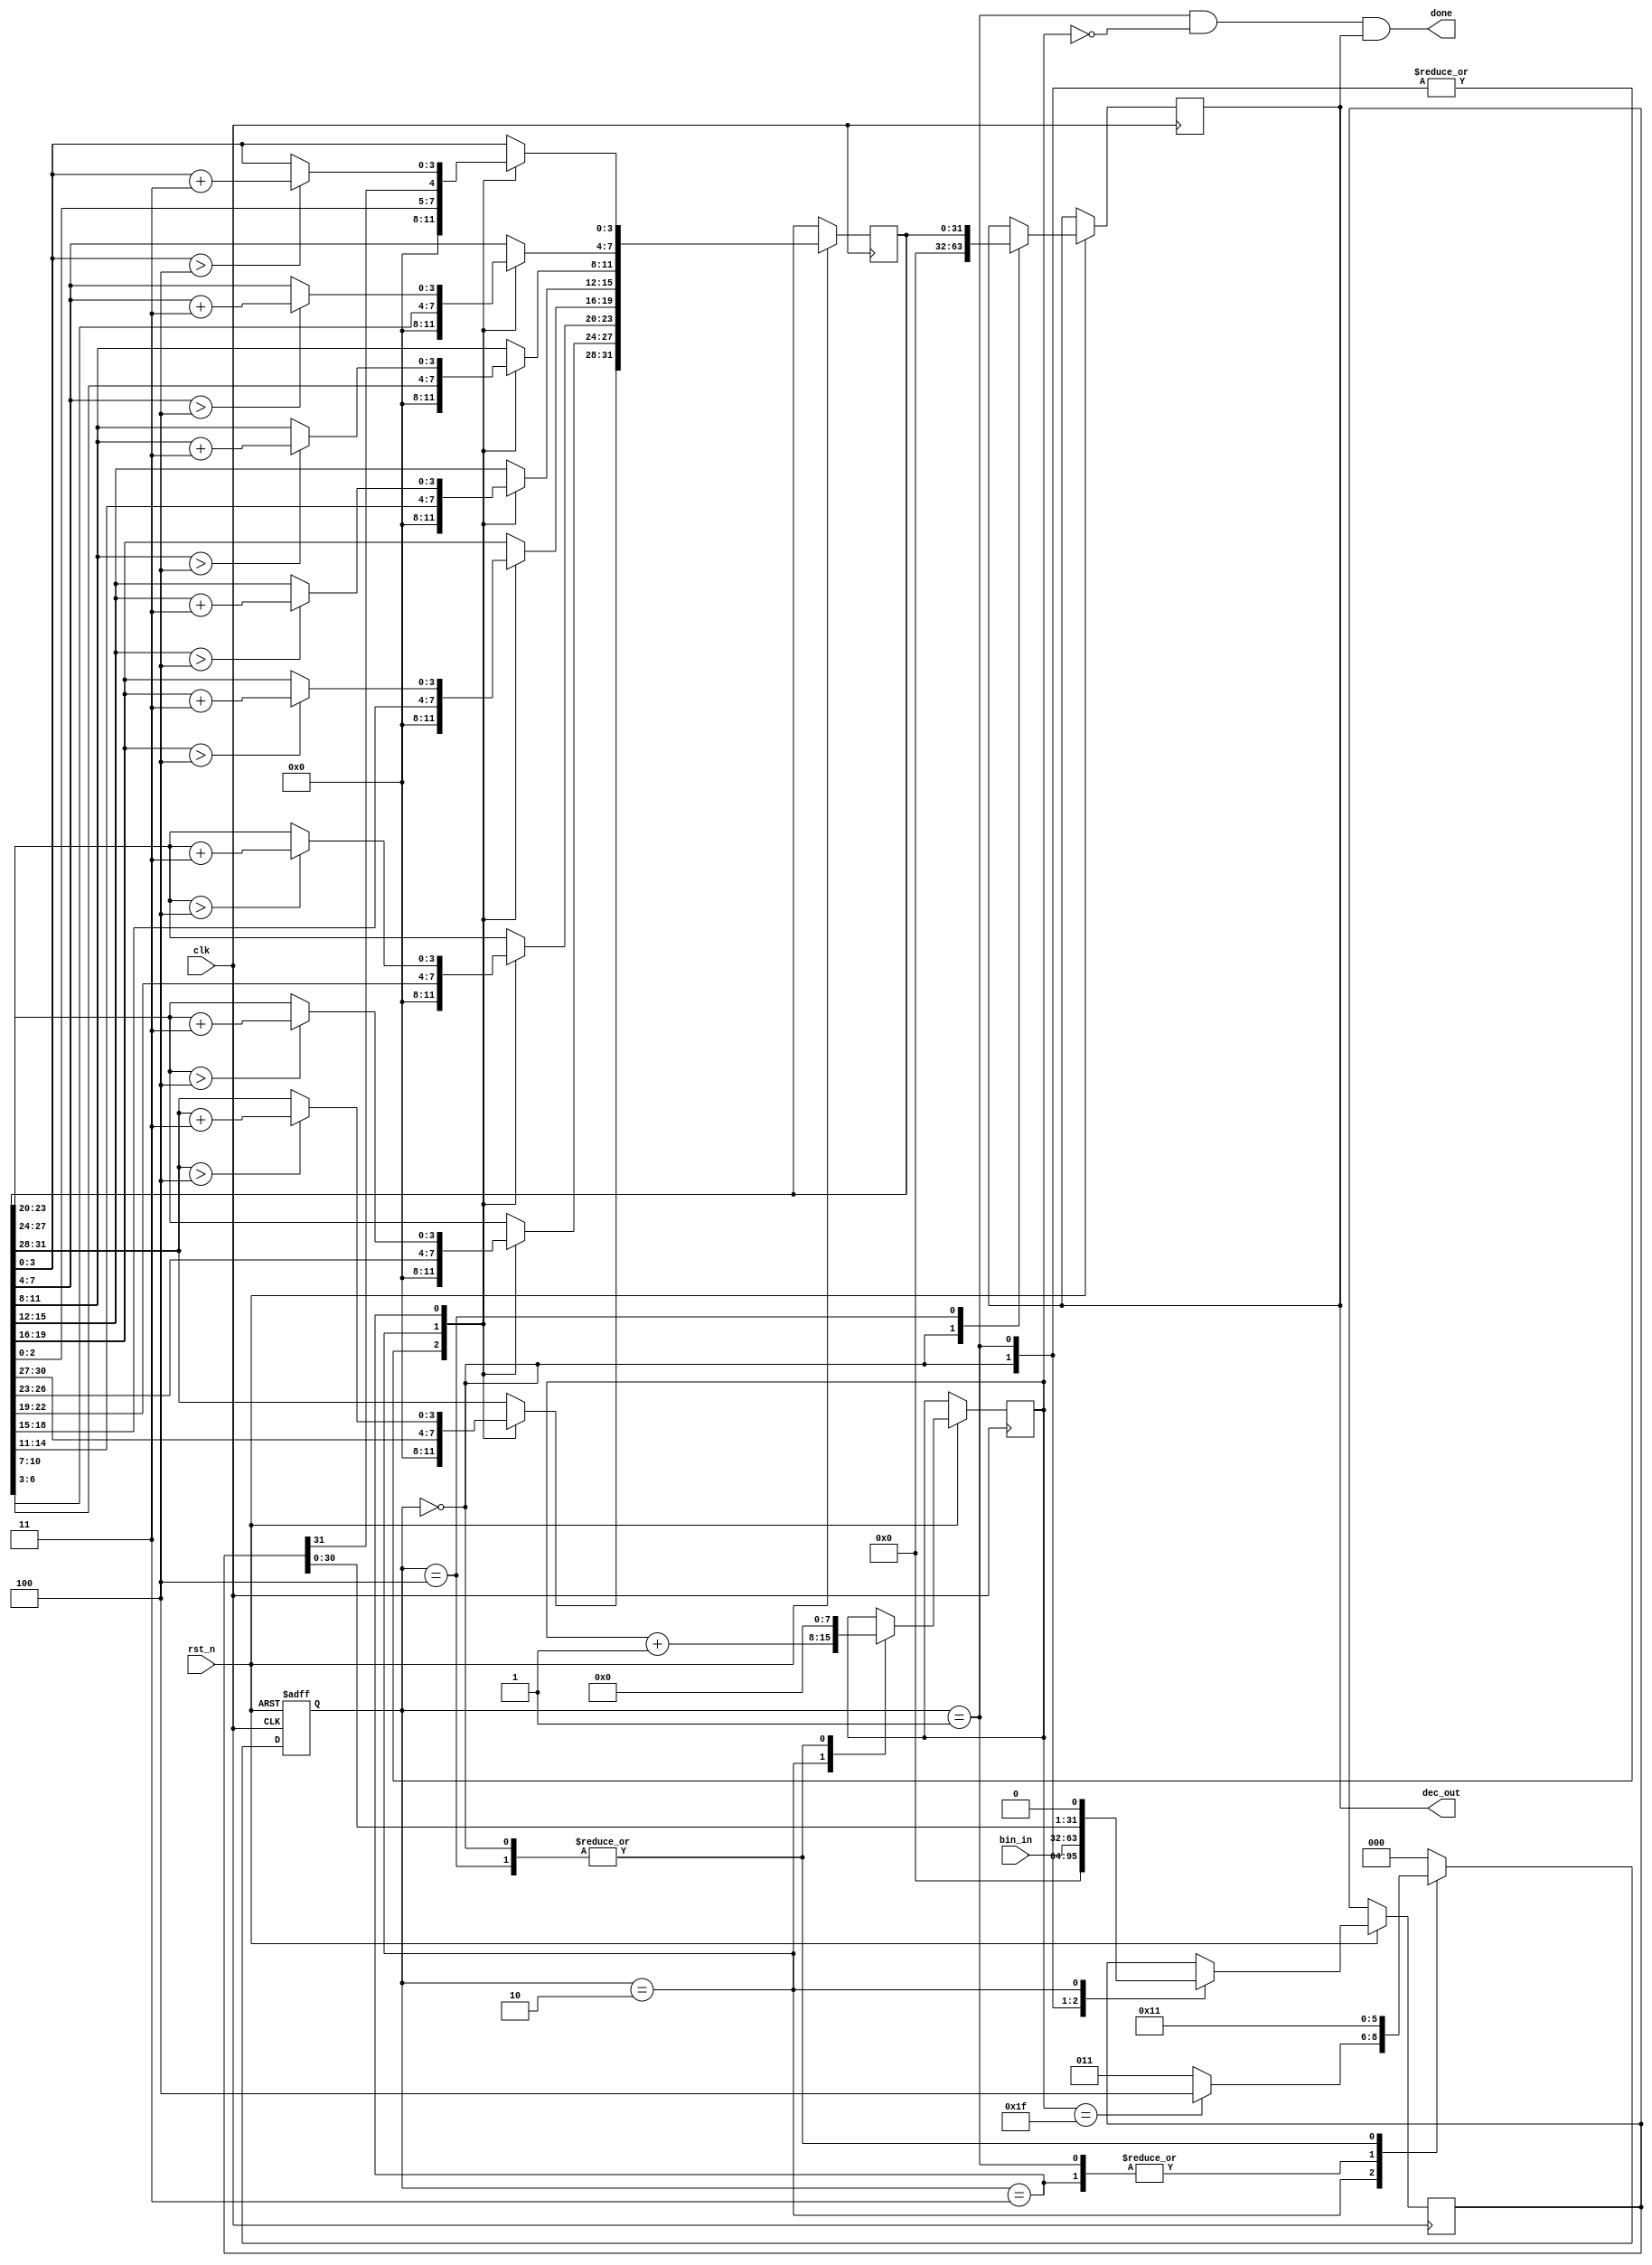
module bintobcd
    #(parameter BWIDTH = 32, //must avoid overflow
      parameter DWIDTH  = 32 //must be multiple of 4
     )
    (
    input wire [BWIDTH-1:0] bin_in,
    input wire clk,
    input wire rst_n,
    output reg [DWIDTH-1:0] dec_out,
    output wire done
    );
    
reg [BWIDTH-1:0] bin;
reg [DWIDTH-1:0] bcd;
reg [2:0] state;
reg [7:0] i; //correct if BWIDTH>16
assign done = (state == 3'd1) && !i && dec_out;

localparam RESET = 3'd0;
localparam START = 3'd1;
localparam SHIFT = 3'd2;
localparam ADD	 = 3'd3;
localparam DONE  = 3'd4;

always @ (posedge clk or negedge rst_n)
	if (!rst_n)
		state <= RESET;
	else
	begin
	state <= START;
	case (state)
		RESET:
			begin
			bin <= 'd0;
			i <= 'd0;
			bcd <= 'd0;
			dec_out <= 'd0;
			end
		START:
			begin
			bin <= bin_in;
			bcd <= 'd0;
			state <= SHIFT;
			end
		SHIFT:
			begin
			bin <= {bin [BWIDTH-2:0], 1'd0};
      		bcd <= {bcd [DWIDTH-2:0], bin[BWIDTH-1]};
      		i <= i + 8'd1;
		    if (i == 8'd31)//must be BWIDTH-1
		        state <= DONE;
			    else
			    state <= ADD;
			end
		ADD:
		//comment or uncomment if needed
		//ones
		    begin
			if (bcd[3:0] > 'd4)
				begin
				bcd[3:0] <= bcd[3:0] + 4'd3;
				state <= SHIFT;
				end
			else
				state <= SHIFT;
		    //decs
		    if (bcd[7:4] > 'd4)
				begin
				bcd[7:4] <= bcd[7:4] + 4'd3;
				state <= SHIFT;
				end
			else
				state <= SHIFT;
		    //hundreds
			if (bcd[11:8] > 'd4)
				begin
				bcd[11:8] <= bcd[11:8] + 4'd3;
				state <= SHIFT;
				end
			else
				state <= SHIFT;
		//thousands
		    if (bcd[15:12] > 'd4)
				begin
				bcd[15:12] <= bcd[15:12] + 4'd3;
				state <= SHIFT;
				end
			else
				state <= SHIFT;
	    //...
		    if (bcd[19:16] > 'd4)
					begin
					bcd[19:16] <= bcd[19:16] + 4'd3;
					state <= SHIFT;
					end
				else
					state <= SHIFT;
		//...
		    if (bcd[23:20] > 'd4)
					begin
					bcd[23:20] <= bcd[23:20] + 4'd3;
					state <= SHIFT;
					end
				else
					state <= SHIFT; 
	    //...
		    if (bcd[27:24] > 'd4)
					begin
					bcd[27:24] <= bcd[27:24] + 4'd3;
					state <= SHIFT;
					end
				else
					state <= SHIFT; 
	    //...
		    if (bcd[31:28] > 'd4)
					begin
					bcd[31:28] <= bcd[31:28] + 4'd3;
					state <= SHIFT;
					end
				else
					state <= SHIFT;
			    end
		DONE:
			begin
			dec_out <= bcd;
			i <= 8'd0;
			state <= START;
			end
		default:
			state <= RESET;
		endcase
	end
	
endmodule